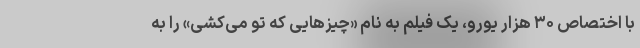
با اختصاص ۳۰ هزار یورو، یک فیلم به نام «چیزهایی که تو می‌کشی» را به